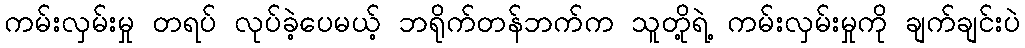
ကမ်းလှမ်းမှု တရပ် လုပ်ခဲ့ပေမယ့် ဘရိုက်တန်ဘက်က သူတို့ရဲ့ ကမ်းလှမ်းမှုကို ချက်ချင်းပဲ